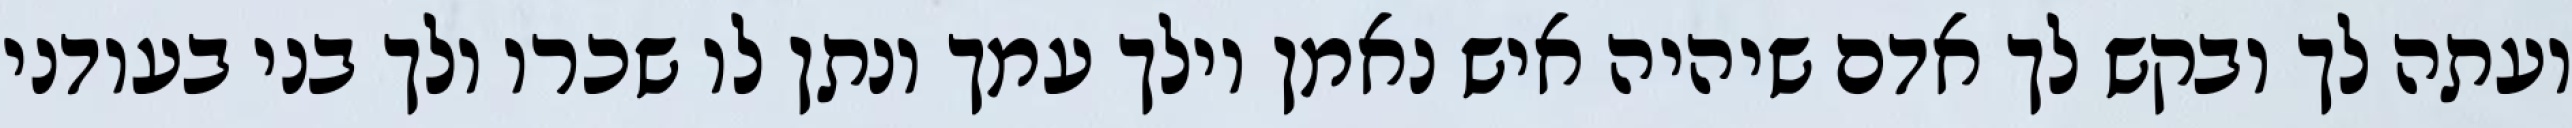
ועתה לך ובקש לך אדם שיהיה איש נאמן וילך עמך ונתן לו שכרו ולך בני בעודני